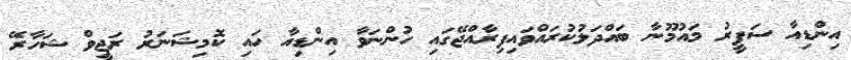
އިންޑިއާ ސަފީރު މައުމޫނާ ބައްދަލުކުރައްވައިފިރާއްޖޭގައި ހުންނަވާ އިންޑިއާ ހައި ކޮމިޝަނަރު ރަޖީވް ޝަހާރޭ